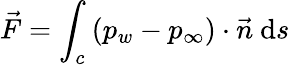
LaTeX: \vec{F}=\int_{c}\left(p_{w}-p_{\infty}\right)\cdot\vec{n}\mathrm{~d}s